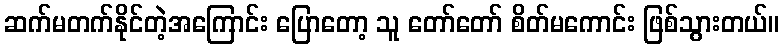
ဆက်မတက်နိုင်တဲ့အကြောင်း ပြောတော့ သူ တော်တော် စိတ်မကောင်း ဖြစ်သွားတယ်။